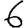
Digit: 6